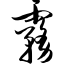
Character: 雾